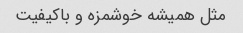
مثل همیشه خوشمزه و باکیفیت